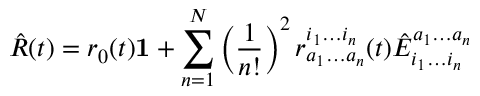
\hat { R } ( t ) = r _ { 0 } ( t ) \mathbf { 1 } + \sum _ { n = 1 } ^ { N } \left( \frac { 1 } { n ! } \right) ^ { 2 } r _ { a _ { 1 } \ldots a _ { n } } ^ { i _ { 1 } \ldots i _ { n } } ( t ) \hat { E } _ { i _ { 1 } \ldots i _ { n } } ^ { a _ { 1 } \ldots a _ { n } }